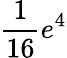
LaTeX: \frac{1}{16}e^{4}